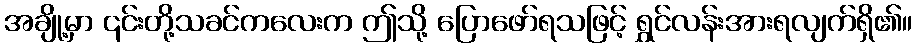
အချို့မှာ ၎င်းတို့သခင်ကလေးက ဤသို့ ပြောဖော်ရသဖြင့် ရွှင်လန်းအားရလျက်ရှိ၏။